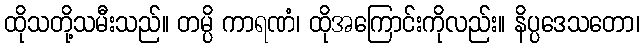
ထိုသတို့သမီးသည်။ တမ္ပိ ကာရဏံ၊ ထိုအကြောင်းကိုလည်း။ နိပ္ပဒေသတော၊